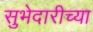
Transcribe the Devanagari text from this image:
सुभेदारीच्या